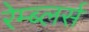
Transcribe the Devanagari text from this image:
रेम्ब्लर्स